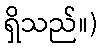
ရှိသည်။)